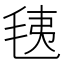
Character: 𣭯